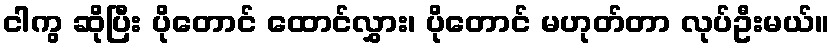
ငါကွ ဆိုပြီး ပိုတောင် ထောင်လွှား၊ ပိုတောင် မဟုတ်တာ လုပ်ဦးမယ်။